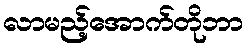
လာမည့်အောက်တိုဘာ